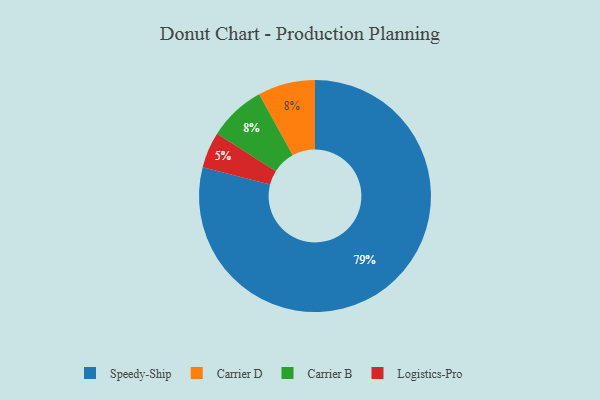
{"axis": {"x": "Category", "y": "Percentage"}, "legend": ["Carrier B", "Carrier D", "Logistics-Pro", "Speedy-Ship"], "data": [{"x": "Logistics-Pro", "y": 5, "type": "Logistics-Pro"}, {"x": "Carrier D", "y": 8, "type": "Carrier D"}, {"x": "Carrier B", "y": 8, "type": "Carrier B"}, {"x": "Speedy-Ship", "y": 79, "type": "Speedy-Ship"}]}